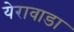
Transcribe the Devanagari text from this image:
येरावाडा